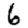
Digit: 6